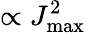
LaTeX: \propto J_{\mathrm{max}}^{2}